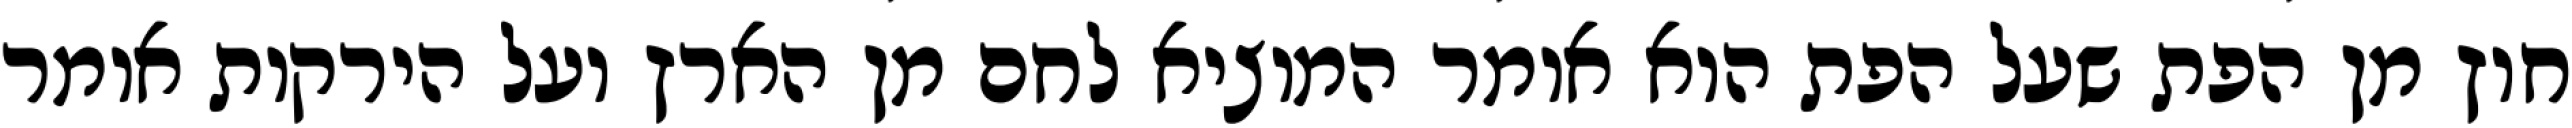
חוץ מן הפת שעל הפת הוא אומר המוציא לחם מן הארץ ועל הירקות אומר